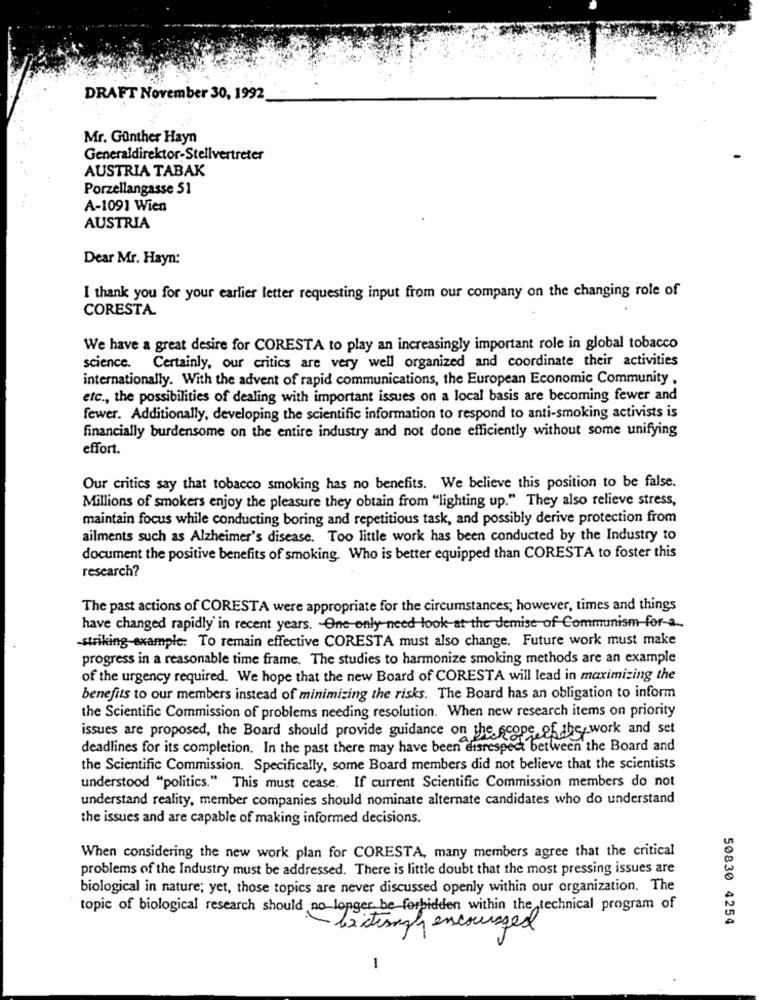
DRAFT November 30, 1992
Mr. Günther Hayn
Generaldirektor-Stellvertreter
AUSTRIA TABAK
Porzellangasse 51
A-1091 Wien
AUSTRIA
Dear Mr. Hayn:
I thank you for your earlier letter requesting input from our company on the changing role of
CORESTA.
We have a great desire for CORESTA to play an increasingly important role in global tobacco
science.
Certainly, our critics are very well organized and coordinate their activities
internationally. With the advent of rapid communications, the European Economic Community ,
etc ., the possibilities of dealing with important issues on a local basis are becoming fewer and
fewer. Additionally, developing the scientific information to respond to anti-smoking activists is
financially burdensome on the entire industry and not done efficiently without some unifying
effort.
Our critics say that tobacco smoking has no benefits. We believe this position to be false.
Millions of smokers enjoy the pleasure they obtain from "lighting up." They also relieve stress,
maintain focus while conducting boring and repetitious task, and possibly derive protection from
ailments such as Alzheimer's disease. Too little work has been conducted by the Industry to
document the positive benefits of smoking. Who is better equipped than CORESTA to foster this
research?
The past actions of CORESTA were appropriate for the circumstances; however, times and things
have changed rapidly in recent years. One only need look at the demise of Communism for-a
-striking-example: To remain effective CORESTA must also change. Future work must make
progress in a reasonable time frame. The studies to harmonize smoking methods are an example
of the urgency required. We hope that the new Board of CORESTA will lead in maximizing the
benefits to our members instead of minimizing the risks. The Board has an obligation to inform
the Scientific Commission of problems needing resolution. When new research items on priority
issues are proposed, the Board should provide guidance on the scope of the work and set
deadlines for its completion. In the past there may have been disrespect between the Board and
the Scientific Commission. Specifically, some Board members did not believe that the scientists
understood "politics." This must cease. If current Scientific Commission members do not
understand reality, member companies should nominate alternate candidates who do understand
the issues and are capable of making informed decisions.
When considering the new work plan for CORESTA, many members agree that the critical
problems of the Industry must be addressed. There is little doubt that the most pressing issues are
biological in nature; yet, those topics are never discussed openly within our organization. The
topic of biological research should no longer be forbidden within the technical program of
50830 4254
bittesigh encouraged
1